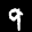
Label: 9